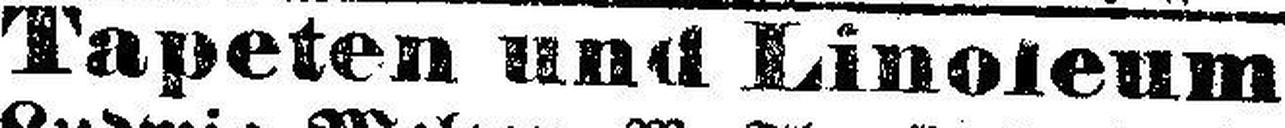
Tapeten und Linoleum